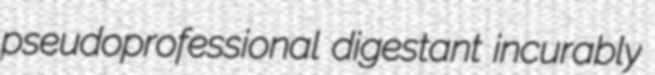
pseudoprofessional digestant incurably